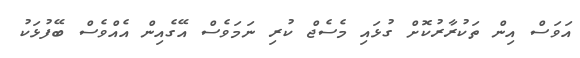
އަވަސް އިން ތަކުރާރުކޮށް ގުޅައި މެސެޖް ކުރި ނަމަވެސް އޭގެއިން އެއްވެސް ބޭފުޅަކު